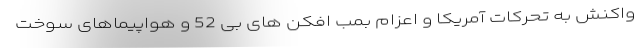
واکنش به تحرکات آمریکا و اعزام بمب افکن های بی 52 و هواپیماهای سوخت